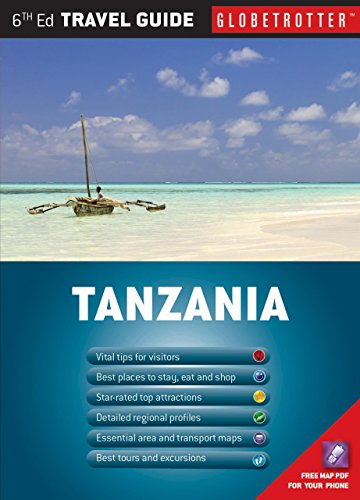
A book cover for Tanzania Travel Pack (Globetrotter Travel Packs); Graham Mercer; Travel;